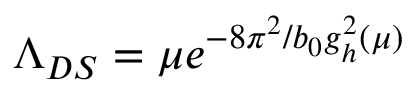
\Lambda _ { D S } = \mu e ^ { - 8 \pi ^ { 2 } / b _ { 0 } g _ { h } ^ { 2 } ( \mu ) }